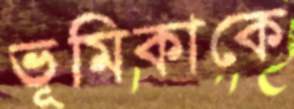
ভূমিকাকে